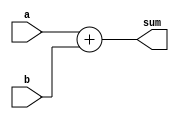
`timescale 1ns / 1ps

////////////////////////////////////
//Jake Bezold and Paul Brodhead 2018
////////////////////////////////////

module Behavioral_adder(
    input [63:0] a,
    input [63:0] b,
    output [64:0] sum
    );
    
    assign sum = a + b;
    
endmodule